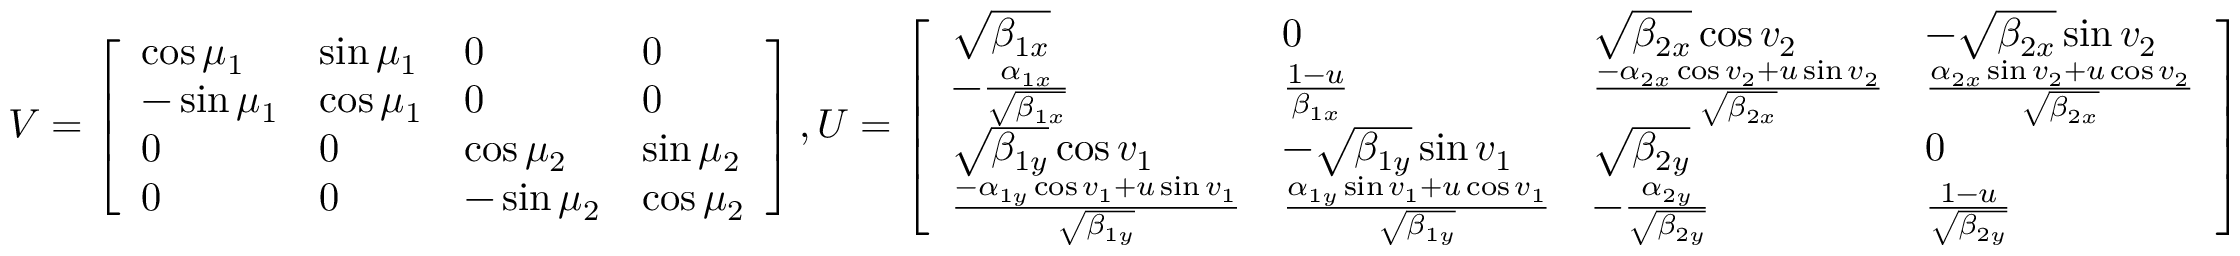
V = \left[ \begin{array} { l l l l } { \cos \mu _ { 1 } } & { \sin \mu _ { 1 } } & { 0 } & { 0 } \\ { - \sin \mu _ { 1 } } & { \cos \mu _ { 1 } } & { 0 } & { 0 } \\ { 0 } & { 0 } & { \cos \mu _ { 2 } } & { \sin \mu _ { 2 } } \\ { 0 } & { 0 } & { - \sin \mu _ { 2 } } & { \cos \mu _ { 2 } } \end{array} \right] , U = \left[ \begin{array} { l l l l } { \sqrt { \beta _ { 1 x } } } & { 0 } & { \sqrt { \beta _ { 2 x } } \cos v _ { 2 } } & { - \sqrt { \beta _ { 2 x } } \sin v _ { 2 } } \\ { - \frac { \alpha _ { 1 x } } { \sqrt { \beta _ { 1 x } } } } & { \frac { 1 - u } { \beta _ { 1 x } } } & { \frac { - \alpha _ { 2 x } \cos v _ { 2 } + u \sin v _ { 2 } } { \sqrt { \beta _ { 2 x } } } } & { \frac { \alpha _ { 2 x } \sin v _ { 2 } + u \cos v _ { 2 } } { \sqrt { \beta _ { 2 x } } } } \\ { \sqrt { \beta _ { 1 y } } \cos v _ { 1 } } & { - \sqrt { \beta _ { 1 y } } \sin v _ { 1 } } & { \sqrt { \beta _ { 2 y } } } & { 0 } \\ { \frac { - \alpha _ { 1 y } \cos v _ { 1 } + u \sin v _ { 1 } } { \sqrt { \beta _ { 1 y } } } } & { \frac { \alpha _ { 1 y } \sin v _ { 1 } + u \cos v _ { 1 } } { \sqrt { \beta _ { 1 y } } } } & { - \frac { \alpha _ { 2 y } } { \sqrt { \beta _ { 2 y } } } } & { \frac { 1 - u } { \sqrt { \beta _ { 2 y } } } } \end{array} \right]